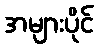
အများပိုင်